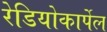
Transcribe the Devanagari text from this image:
रेडियोकार्पेल